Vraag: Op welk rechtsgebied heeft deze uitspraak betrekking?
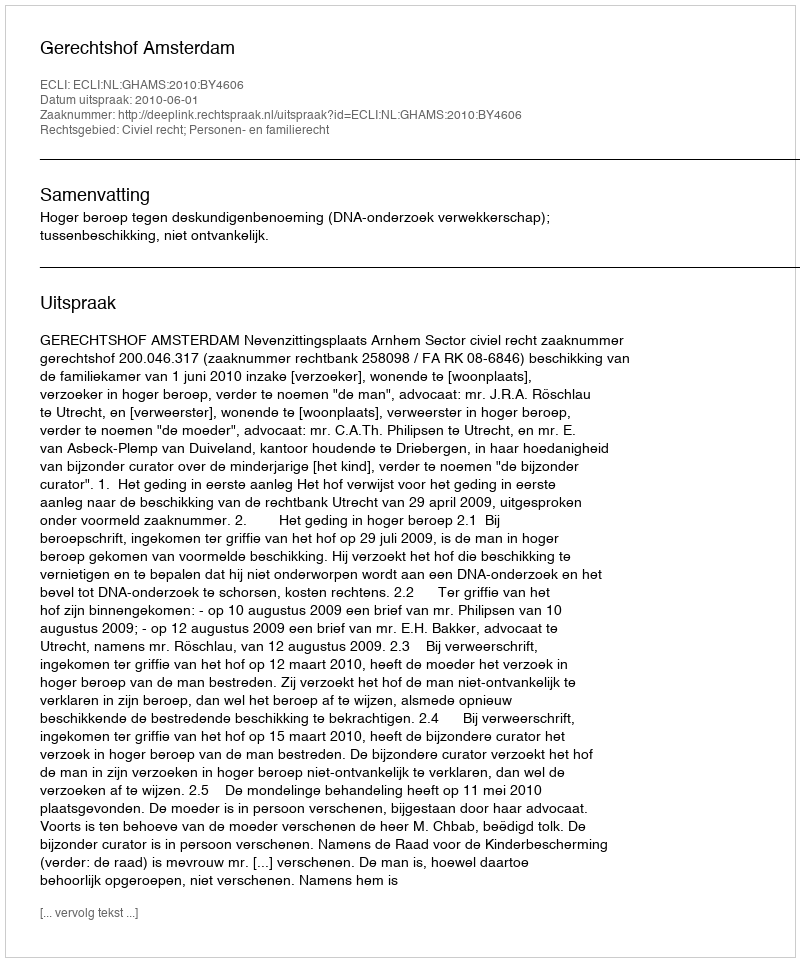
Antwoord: Civiel recht; Personen- en familierecht